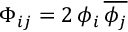
\Phi _ { i j } = 2 \, \phi _ { i } \, { \overline { { \phi _ { j } } } }